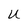
Character: U